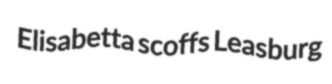
Elisabetta scoffs Leasburg